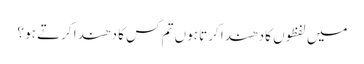
میں لفظوں کا دھندا کرتا ہوں تم کس کا دھندا کرتے ہو ؟